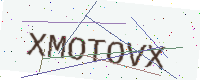
Text: XMOTOVX